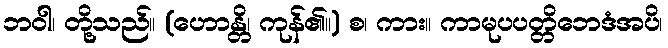
ဘဝါ၊ တို့သည်။ (ဟောန္တိ၊ ကုန်၏။) စ၊ ကား။ ကာမုပပတ္တိဘေဒံအပိ၊